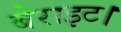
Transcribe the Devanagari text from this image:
बेराइट।